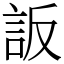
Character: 䛀